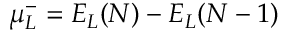
\mu _ { L } ^ { - } = E _ { L } ( N ) - E _ { L } ( N - 1 )